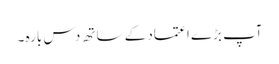
آپ بڑے اعتماد کے ساتھ دس بارہ ۔